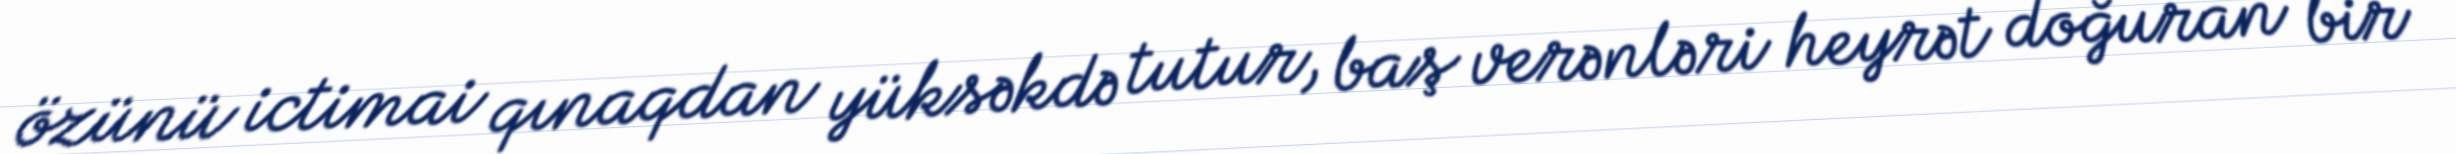
özünü ictimai qınaqdan yüksəkdə tutur, baş verənləri heyrət doğuran bir